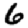
Digit: 6